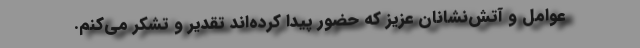
عوامل و آتش‌نشانان عزیز که حضور پیدا کرده‌اند تقدیر و تشکر می‌کنم.